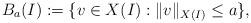
LaTeX: \begin{align*}B_{a}(I):=\{v\in X(I): \|v\|_{X(I)}\leq a\},\end{align*}